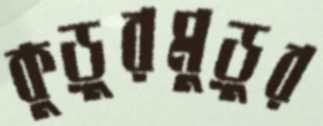
কুড়ুরমুড়ুর